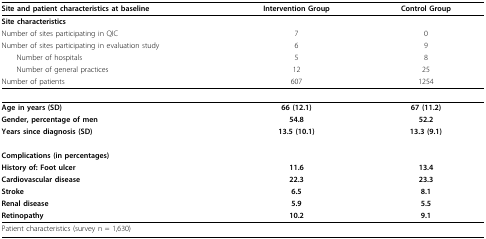
<table><thead><tr><td><b>Site and patient characteristics at baseline</b></td><td><b>Intervention Group</b></td><td><b>Control Group</b></td></tr></thead><tbody><tr><td><b>Site characteristics</b></td><td></td><td></td></tr><tr><td>Number of sites participating in QIC</td><td>7</td><td>0</td></tr><tr><td>Number of sites participating in evaluation study</td><td>6</td><td>9</td></tr><tr><td> Number of hospitals</td><td>5</td><td>8</td></tr><tr><td> Number of general practices</td><td>12</td><td>25</td></tr><tr><td>Number of patients</td><td>607</td><td>1254</td></tr><tr><td><b>Age in years (SD)</b></td><td><b>66 (12.1)</b></td><td><b>67 (11.2)</b></td></tr><tr><td><b>Gender, percentage of men</b></td><td><b>54.8</b></td><td><b>52.2</b></td></tr><tr><td><b>Years since diagnosis (SD)</b></td><td><b>13.5 (10.1)</b></td><td><b>13.3 (9.1)</b></td></tr><tr><td><b>Complications (in percentages)</b></td><td></td><td></td></tr><tr><td><b>History of: Foot ulcer</b></td><td><b>11.6</b></td><td><b>13.4</b></td></tr><tr><td><b>Cardiovascular disease</b></td><td><b>22.3</b></td><td><b>23.3</b></td></tr><tr><td><b>Stroke</b></td><td><b>6.5</b></td><td><b>8.1</b></td></tr><tr><td><b>Renal disease</b></td><td><b>5.9</b></td><td><b>5.5</b></td></tr><tr><td><b>Retinopathy</b></td><td><b>10.2</b></td><td><b>9.1</b></td></tr><tr><td>Patient characteristics (survey n = 1,630)</td><td></td><td></td></tr></tbody></table>